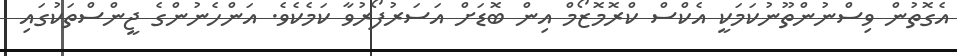
އެގޮތުން ވިސްނުންތޫނުކަމަކީ އެކްސް ކްރޮމޮޒޯމް އިން ބޮޑަށް އަސަރުފޯރުވާ ކަމެކެވެ. އަންހެނުންގެ ޖީންސްތަކުގައި